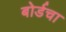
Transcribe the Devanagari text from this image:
बोर्डचा